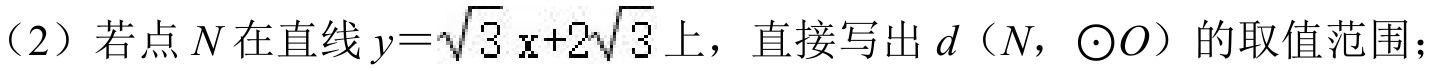
（2）若点\(N\)在直线\(y = \sqrt{3}x + 2\sqrt{3}\)上，直接写出\(d(N,\odot O)\)的取值范围；